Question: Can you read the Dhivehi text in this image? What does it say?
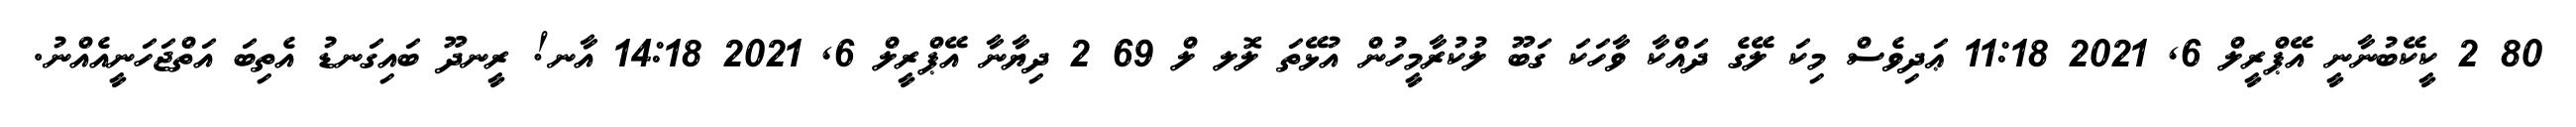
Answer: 80 2 ކީކޭބުނާނީ އޭޕްރީލް 6, 2021 11:18 ޢަދިވެސް މިކަ ލޭގެ ދައްކާ ވާހަކަ ގަބޫ ލުކުރާމީހުން އުޅޭތަ ލޮލ ލް 69 2 ދިޔާނާ އޭޕްރީލް 6, 2021 14:18 އާނ! ރީނދޫ ބައިގަނޑު އެތިބަ އަތްޖަހަނީއެއްނު.